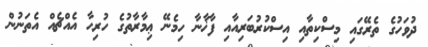
ދުވަހުގެ ތެރޭގައި މިސްކިތާއި އިސްކުރުބަރިއާއި ފާޚާނާ ހިމެނޭ ޢިމާރާތުގެ ހުރިހާ އެއްޗެއް އެތަނުން